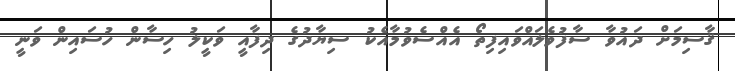
ޤާސިމަށް ދައުވާ ސާފުވެލައްވައިފިތޯ އެއްސެވުމާއެކު ސިޔާދުގެ ދިފާއީ ވަކީލު ހިސާން ހުސައިން ވަނީ